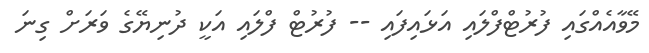
މޭވާއެއްގައި ފުރުޓްފްލައި އަޅައިފައި -- ފުރުޓް ފްލައި އަކީ ދުނިޔޭގެ ވަރަށް ގިނަ